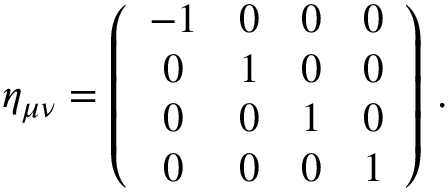
\eta _ { \mu \nu } = \left( \begin{array} { c c c c } { { - 1 } } & { { 0 } } & { { 0 } } & { { 0 } } \\ { { 0 } } & { { 1 } } & { { 0 } } & { { 0 } } \\ { { 0 } } & { { 0 } } & { { 1 } } & { { 0 } } \\ { { 0 } } & { { 0 } } & { { 0 } } & { { 1 } } \end{array} \right) \, .